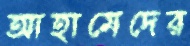
আহামেদের